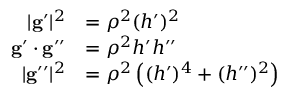
{ \begin{array} { r l } { | \mathbf { g } ^ { \prime } | ^ { 2 } } & { = \rho ^ { 2 } ( h ^ { \prime } ) ^ { 2 } } \\ { \mathbf { g } ^ { \prime } \cdot \mathbf { g } ^ { \prime \prime } } & { = \rho ^ { 2 } h ^ { \prime } h ^ { \prime \prime } } \\ { | \mathbf { g } ^ { \prime \prime } | ^ { 2 } } & { = \rho ^ { 2 } \left( ( h ^ { \prime } ) ^ { 4 } + ( h ^ { \prime \prime } ) ^ { 2 } \right) } \end{array} }